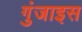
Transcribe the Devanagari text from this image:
गुंजाइस